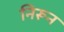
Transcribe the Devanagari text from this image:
निरून